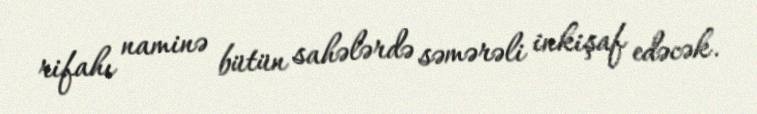
rifahı naminə bütün sahələrdə səmərəli inkişaf edəcək.